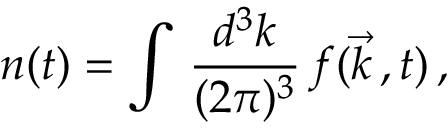
n ( t ) = \int \, \frac { d ^ { 3 } k } { ( 2 \pi ) ^ { 3 } } \, f ( \vec { k } \, , t ) \, ,